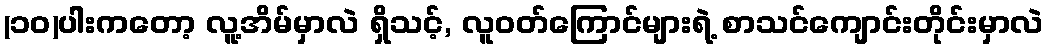
(၁၀)ပါးကတော့ လူ့အိမ်မှာလဲ ရှိသင့်, လူဝတ်ကြောင်များရဲ့ စာသင်ကျောင်းတိုင်းမှာလဲ